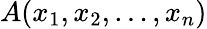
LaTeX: A(x_{1},x_{2},\ldots,x_{n})